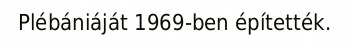
Plébániáját 1969-ben építették.